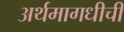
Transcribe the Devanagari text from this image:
अर्थमागधीची